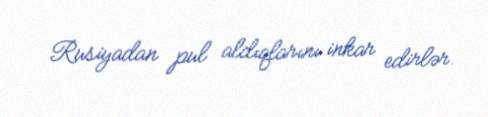
Rusiyadan pul aldıqlarını inkar edirlər.